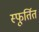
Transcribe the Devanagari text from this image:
स्फूर्तित